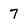
Character: 7